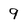
Character: 9